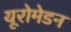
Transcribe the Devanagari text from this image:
यूरोमेडन